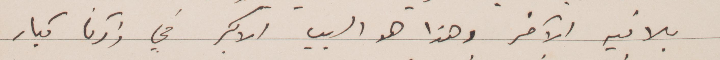
يلاقيه الأخر وهذا هو السبب الأكبر في ذكرنا كبار